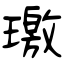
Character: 璬